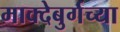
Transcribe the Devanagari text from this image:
माक्देबुर्गच्या